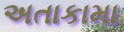
અતાકામા